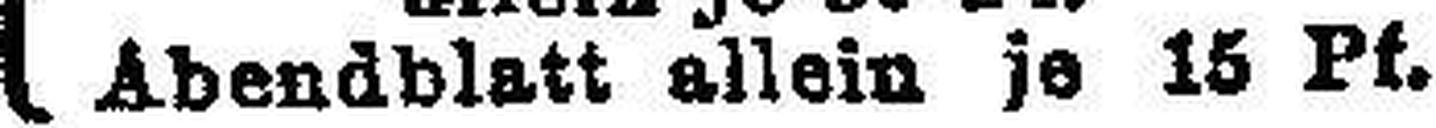
Abendblatt allein je 15 Pt.